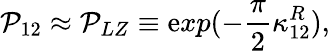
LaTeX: \mathcal{P}_{12}\approx\mathcal{P}_{LZ}\equiv\mathrm{e}xp(-\frac{{\pi}}{{2}}\kappa_{12}^{R}),